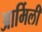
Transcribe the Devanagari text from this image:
आर्मिली